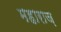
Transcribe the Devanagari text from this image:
महाराज़